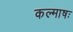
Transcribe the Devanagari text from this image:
कल्माषः